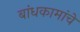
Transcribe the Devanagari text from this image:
बांधकामांचे